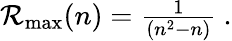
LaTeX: \begin{array}{r}{\mathcal{R}_{\operatorname*{max}}(n)=\frac{1}{(n^{2}-n)}~.}\end{array}